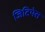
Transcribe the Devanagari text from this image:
जिटिपेस